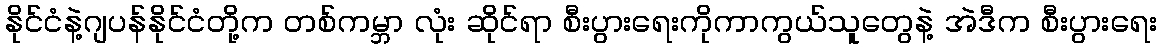
နိုင်ငံနဲ့ဂျပန်နိုင်ငံတို့က တစ်ကမ္ဘာ လုံး ဆိုင်ရာ စီးပွားရေးကိုကာကွယ်သူတွေနဲ့ အဲဒီက စီးပွားရေး